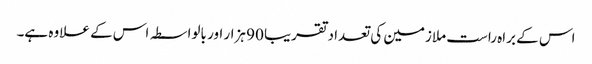
اس کے براہ راست ملازمین کی تعداد تقریبا 90 ہزار اور بالواسطہ اس کے علاوہ ہے۔